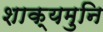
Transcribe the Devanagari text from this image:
शाक्‍यमुनि